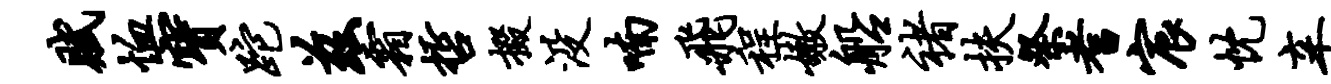
赋恤宝跎兹霜哲掇没喃飞程嫩船褚扶祭耆宸忱辛